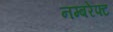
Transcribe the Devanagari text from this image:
नम्बरेफ्ट